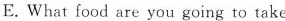
E.What food are you going to take